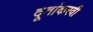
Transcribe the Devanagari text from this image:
दूतांकरवी